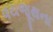
વયજૂથના